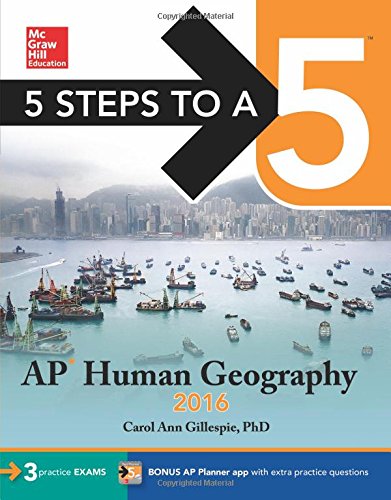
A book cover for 5 Steps to a 5 AP Human Geography 2016 (5 Steps to a 5 on the Advanced Placement Examinations Series); Carol Ann Gillespie; Test Preparation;